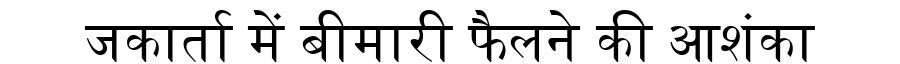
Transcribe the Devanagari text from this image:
जकार्ता में बीमारी फैलने की आशंका